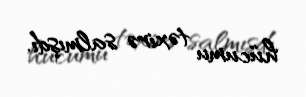
hücumu təxirə salmışdı.